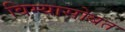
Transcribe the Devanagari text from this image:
विम्यासोबत